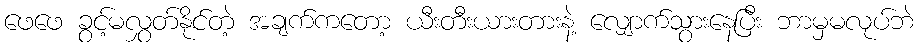
ဖေဖေ ခွင့်မလွှတ်နိုင်တဲ့ အချက်ကတော့ ယီးတီးယားတားနဲ့ လျှောက်သွားနေပြီး ဘာမှမလုပ်ဘဲ